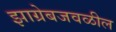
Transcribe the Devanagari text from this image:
झाग्रेबजवळील